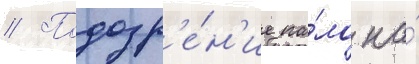
// Подозр'е́н'ие па́ло на́